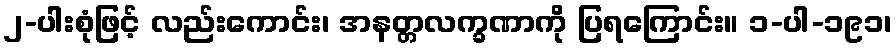
၂-ပါးစုံဖြင့် လည်းကောင်း၊ အနတ္တလက္ခဏာကို ပြရကြောင်း။ ၁-ပါ-၁၉၁၊